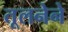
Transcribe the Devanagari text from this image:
तूलनेने